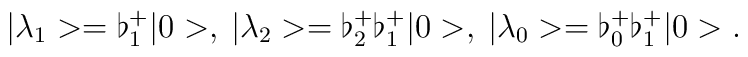
\vert \lambda_1 >= \flat_1^+ \vert 0 >, \>\vert \lambda_2 >= \flat_2^+ \flat_1^+\vert 0 >, \>\vert \lambda_0 >= \flat_0^+ \flat_1^+\vert 0 >.